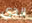
الذي